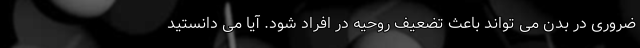
ضروری در بدن می تواند باعث تضعیف روحیه در افراد شود. آیا می دانستید